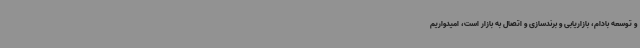
و توسعه بادام، بازاریابی و برندسازی و اتصال به بازار است، امیدواریم